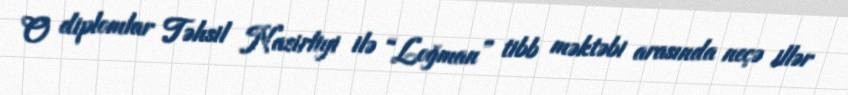
O diplomlar Təhsil Nazirliyi ilə “Loğman” tibb məktəbi arasında neçə illər